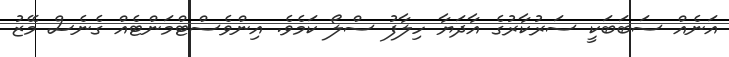
އަނެއް ސަބަބަކީ ސަރުކާރުގެ އާދަޔާ ހިލާފު ސްލޯ ކަމެވެ. އިންވެސްޓްމަންޓެއް ގެނެސް މޭޒު